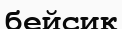
бейсик